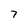
Character: 7